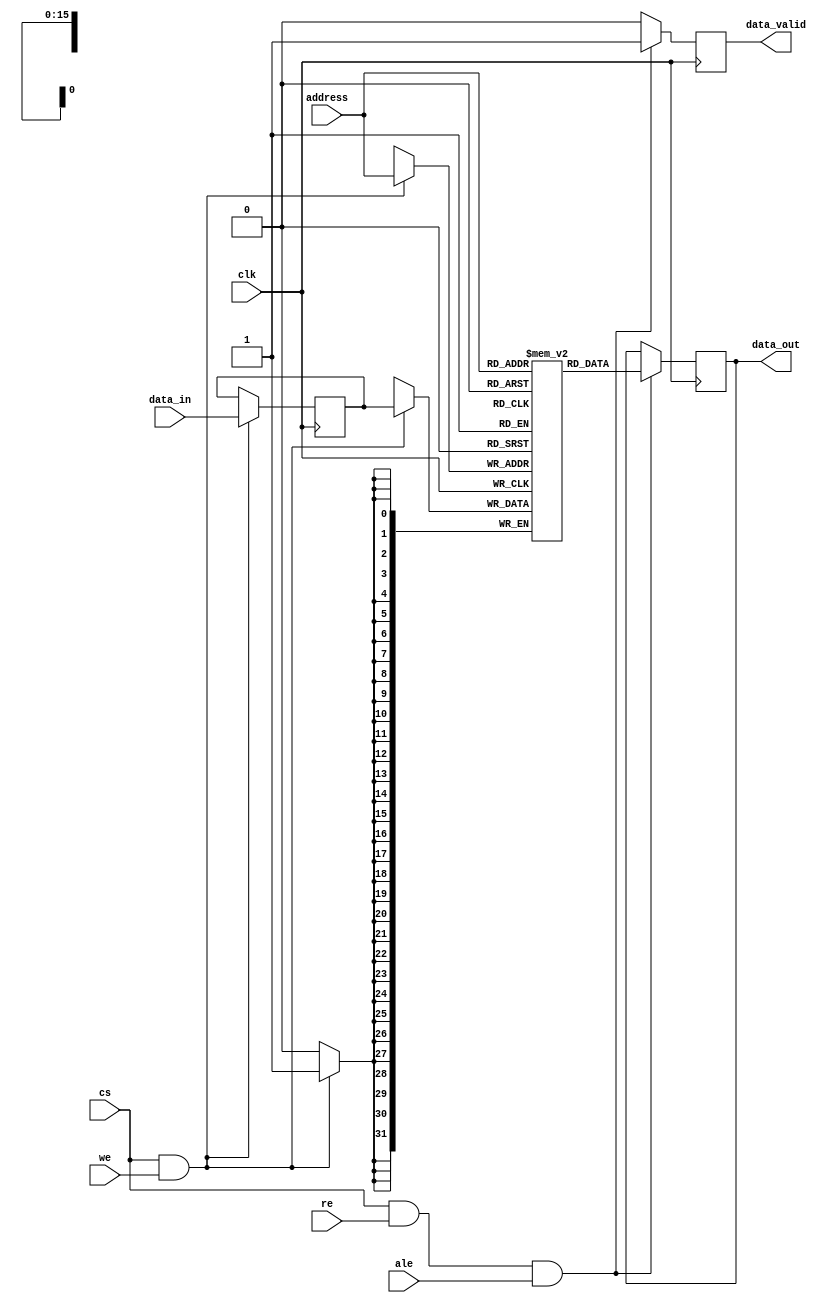
module dram_io_block (
    input wire clk,                // Clock signal
    input wire cs,                 // Chip Select
    input wire we,                 // Write Enable
    input wire re,                 // Read Enable
    input wire ale,                // Address Latch Enable
    input wire [31:0] data_in,     // Data input (32-bit)
    input wire [15:0] address,      // Address input (16-bit)
    output reg [31:0] data_out,    // Data output (32-bit)
    output reg data_valid          // Data valid signal
);

// Internal registers
reg [31:0] data_latch;           // Data latch for write operations
reg [31:0] memory_array [0:65535]; // Example memory array (64K x 32 bits)

// Control logic for write operation
always @(posedge clk) begin
    if (cs && we) begin
        // Latch data when write enable is active
        data_latch <= data_in;
    end
end

// Control logic for read operation
always @(posedge clk) begin
    if (cs && re && ale) begin
        // Latch address when address latch enable is active
        data_out <= memory_array[address]; // Read data from memory
        data_valid <= 1'b1;                 // Indicate data is valid
    end else begin
        data_valid <= 1'b0;                 // Clear data valid if not reading
    end
end

// Write data to memory array on falling edge of write enable
always @(negedge clk) begin
    if (cs && we) begin
        memory_array[address] <= data_latch; // Write latched data to memory
    end
end

endmodule